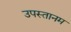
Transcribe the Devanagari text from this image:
उपस्तानम